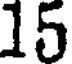
15